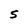
Character: S